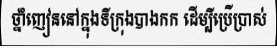
ថ្នាំញៀននៅក្នុងទីក្រុងបាងកក ដើម្បីប្រើប្រាស់